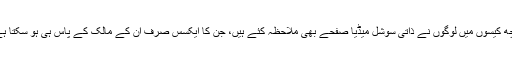
کچھ کیسوں میں لوگوں نے ذاتی سوشل میڈیا صفحے بھی ملاحظہ کئے ہیں، جن کا ایکسس صرف ان کے مالک کے پاس ہی ہو سکتا ہے۔